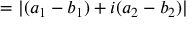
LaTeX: = | ( a _ { 1 } - b _ { 1 } ) + i ( a _ { 2 } - b _ { 2 } ) |